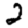
Digit: 2